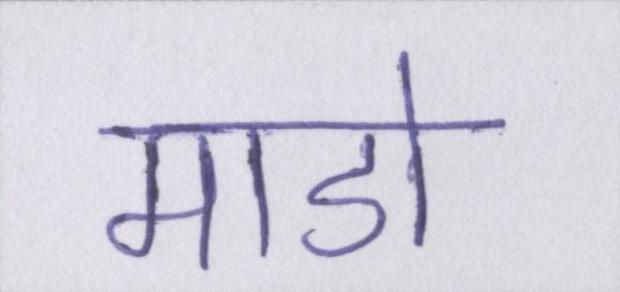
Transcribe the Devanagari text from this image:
माडो